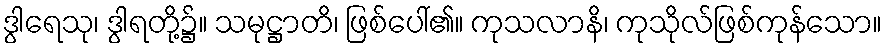
ဒွါရေသု၊ ဒွါရတို့၌။ သမုဋ္ဌာတိ၊ ဖြစ်ပေါ်၏။ ကုသလာနိ၊ ကုသိုလ်ဖြစ်ကုန်သော။